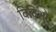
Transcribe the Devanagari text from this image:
विदिशो